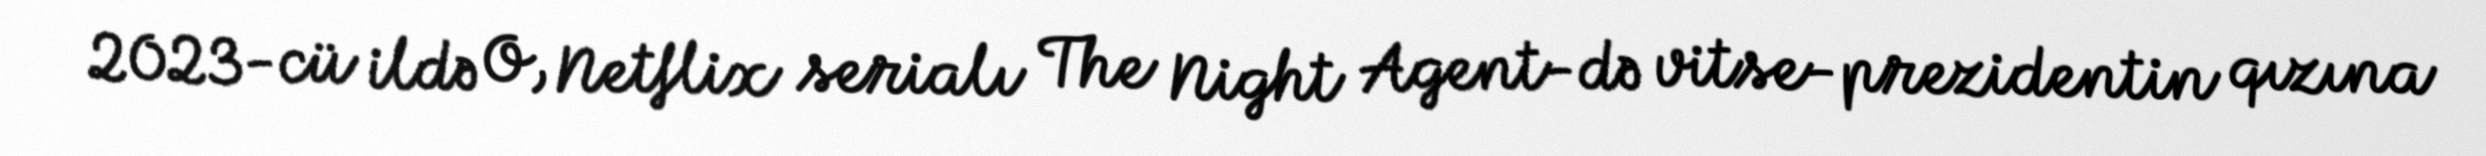
2023-cü ildə O, Netflix serialı The Night Agent-də vitse-prezidentin qızına